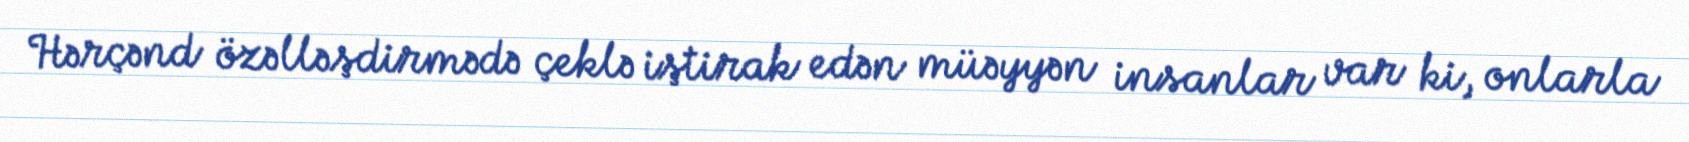
Hərçənd özəlləşdirmədə çeklə iştirak edən müəyyən insanlar var ki, onlarla